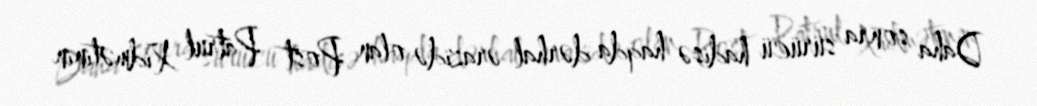
Daha sonra sürücü hadisə haqda dərhal ərazidə olan Post Patrul Xidmətinin